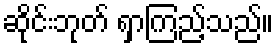
ဆိုင်းဘုတ် ရှာကြည့်သည်။